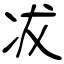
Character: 冹